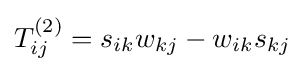
T_{ij}^{(2)}=s_{ik}w_{kj}-w_{ik}s_{kj}